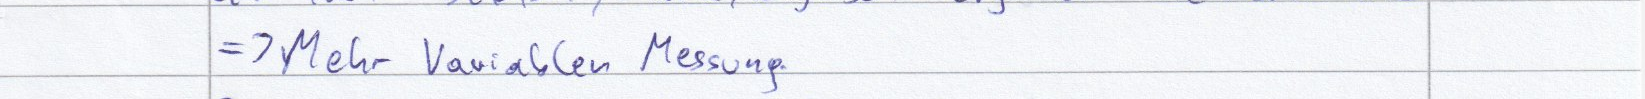
=> Mehr Variablen Messung